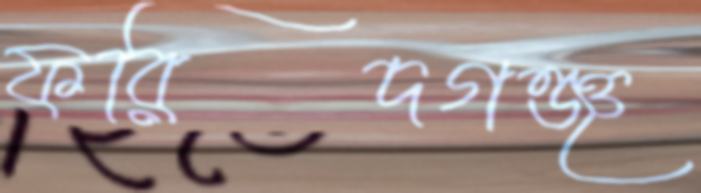
ফরিদগঞ্জ